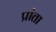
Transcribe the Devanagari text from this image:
प्रांता